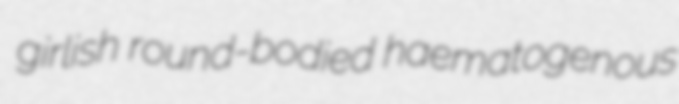
girlish round-bodied haematogenous